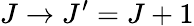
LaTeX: J\to J^{\prime}=J+1